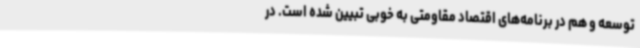
توسعه و هم در برنامه‌های اقتصاد مقاومتی به خوبی تبیین شده است. در